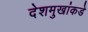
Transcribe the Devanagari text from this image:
देशमुखांकडे